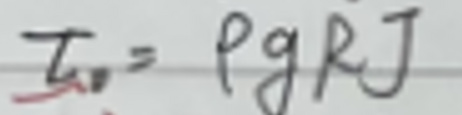
$T_{v}=\rho gRJ$